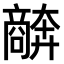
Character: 𫬩